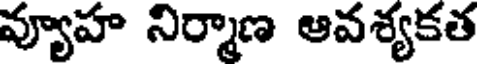
వ్యూహ నిర్మాణ ఆవశ్యకత